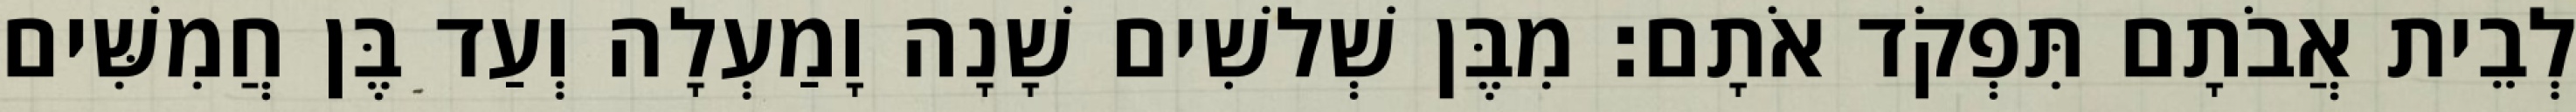
לְבֵית אֲבֹתָם תִּפְקֹד אֹתָם׃ מִבֶּן שְׁלשִׁים שָׁנָה וָמַעְלָה וְעַד בֶּן חֲמִשִּׁים